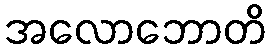
အလောဘောတိ